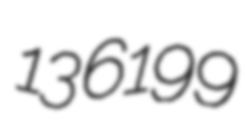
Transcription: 136199